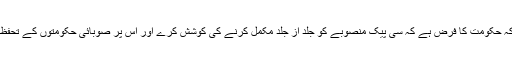
سینیٹر سراج الحق نے کہا کہ حکومت کا فرض ہے کہ سی پیک منصوبے کو جلد از جلد مکمل کرنے کی کوشش کرے اور اس پر صوبائی حکومتوں کے تحفظات کو بھی دور کیا جائے ۔